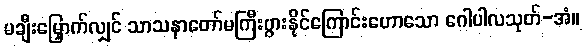
မချီးမြှောက်လျှင် သာသနာတော်မကြီးပွားနိုင်ကြောင်းဟောသော ဂေါပါလသုတ်-အံ။